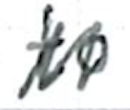
Text: to
Cross-out: zig-zag
Writing tool: ballpoint